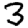
Digit: 3